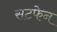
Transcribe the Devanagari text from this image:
सटफेन